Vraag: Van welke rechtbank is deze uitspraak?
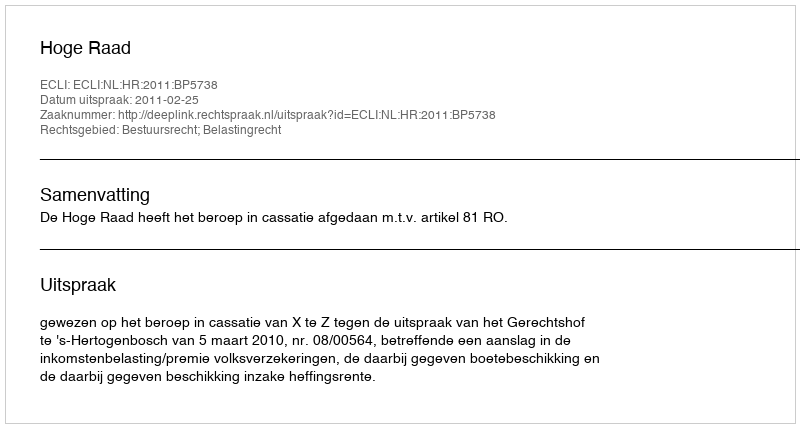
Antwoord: Hoge Raad